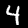
Label: 4